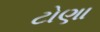
ટોણા